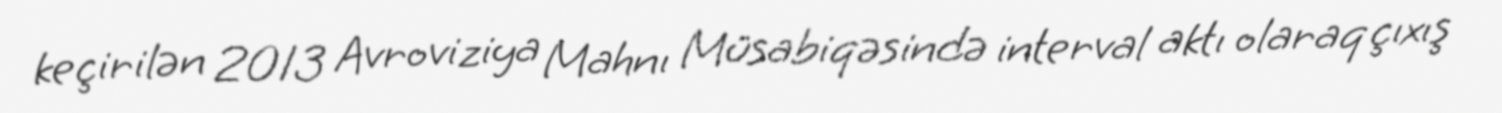
keçirilən 2013 Avroviziya Mahnı Müsabiqəsində interval aktı olaraq çıxış